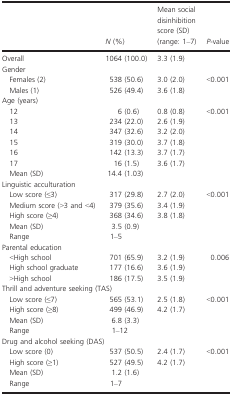
|  | N (%) | Mean social disinhibition score (SD) (range: 1–7) | P-value |
 | --- | --- | --- | --- |
 | Overall | 1064 (100.0) | 3.3 (1.9) |  |
 | <COLSPAN=4> Gender |
 | Females (2) | 538 (50.6) | 3.0 (2.0) | <0.001 |
 | Males (1) | 526 (49.4) | 3.6 (1.8) |  |
 | <COLSPAN=4> Age (years) |
 | 12 | 6 (0.6) | 0.8 (0.8) | <0.001 |
 | 13 | 234 (22.0) | 2.6 (1.9) |  |
 | 14 | 347 (32.6) | 3.2 (2.0) |  |
 | 15 | 319 (30.0) | 3.7 (1.8) |  |
 | 16 | 142 (13.3) | 3.7 (1.7) |  |
 | 17 | 16 (1.5) | 3.6 (1.7) |  |
 | Mean (SD) | 14.4 (1.03) |  |  |
 | <COLSPAN=4> Linguistic acculturation |
 | Low score (≤3) | 317 (29.8) | 2.7 (2.0) | <0.001 |
 | Medium score (>3 and <4) | 379 (35.6) | 3.4 (1.9) |  |
 | High score (≥4) | 368 (34.6) | 3.8 (1.8) |  |
 | Mean (SD) | 3.5 (0.9) |  |  |
 | Range | 1–5 |  |  |
 | <COLSPAN=4> Parental education |
 | <High school | 701 (65.9) | 3.2 (1.9) | 0.006 |
 | High school graduate | 177 (16.6) | 3.6 (1.9) |  |
 | >High school | 186 (17.5) | 3.5 (1.9) |  |
 | <COLSPAN=4> Thrill and adventure seeking (TAS) |
 | Low score (≤7) | 565 (53.1) | 2.5 (1.8) | <0.001 |
 | High score (≥8) | 499 (46.9) | 4.2 (1.7) |  |
 | Mean (SD) | 6.8 (3.3) |  |  |
 | Range | 1–12 |  |  |
 | <COLSPAN=4> Drug and alcohol seeking (DAS) |
 | Low score (0) | 537 (50.5) | 2.4 (1.7) | <0.001 |
 | High score (≥1) | 527 (49.5) | 4.2 (1.7) |  |
 | Mean (SD) | 1.2 (1.6) |  |  |
 | Range | 1–7 |  |  |